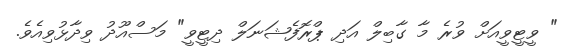
" ވީޓީވީއަށް ވުރެ މާ ގާބިލް އަދި ޕްރޮފެޝަނަލް ދިޓީވީ" މަސްއޫދު ވިދާޅުވިއެވެ.